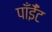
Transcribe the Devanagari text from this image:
पाँईँट